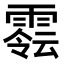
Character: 𩄈